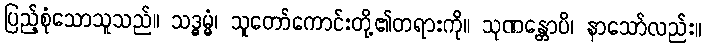
ပြည့်စုံသောသူသည်။ သဒ္ဓမ္မံ၊ သူတော်ကောင်းတို့၏တရားကို။ သုဏန္တောပိ၊ နာသော်လည်း။